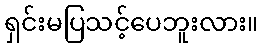
ရှင်းမပြသင့်ပေဘူးလား။